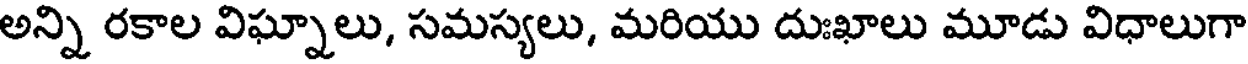
అన్ని రకాల విఘ్నాలు, సమస్యలు, మరియు దుఃఖాలు మూడు విధాలుగా